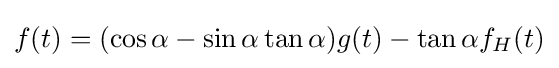
f(t)=(\cos {\alpha }-\sin {\alpha }\tan {\alpha })g(t)-\tan {\alpha }f_{H}(t)